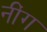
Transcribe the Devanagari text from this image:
नींग